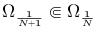
\Omega _ { \frac { 1 } { N + 1 } } \Subset \Omega _ { \frac { 1 } { N } }